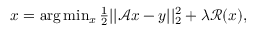
\begin{array} { r } { x = \arg \operatorname* { m i n } _ { x } \frac { 1 } { 2 } | | \mathcal { A } x - y | | _ { 2 } ^ { 2 } + \lambda \mathcal { R } ( x ) , } \end{array}